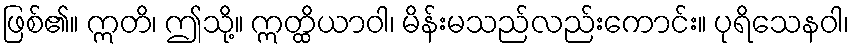
ဖြစ်၏။ ဣတိ၊ ဤသို့။ ဣတ္ထိယာဝါ၊ မိန်းမသည်လည်းကောင်း။ ပုရိသေနဝါ၊